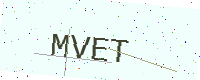
Text: MVET